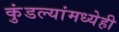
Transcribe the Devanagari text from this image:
कुंडल्यांमध्येही